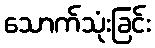
သောက်သုံးခြင်း